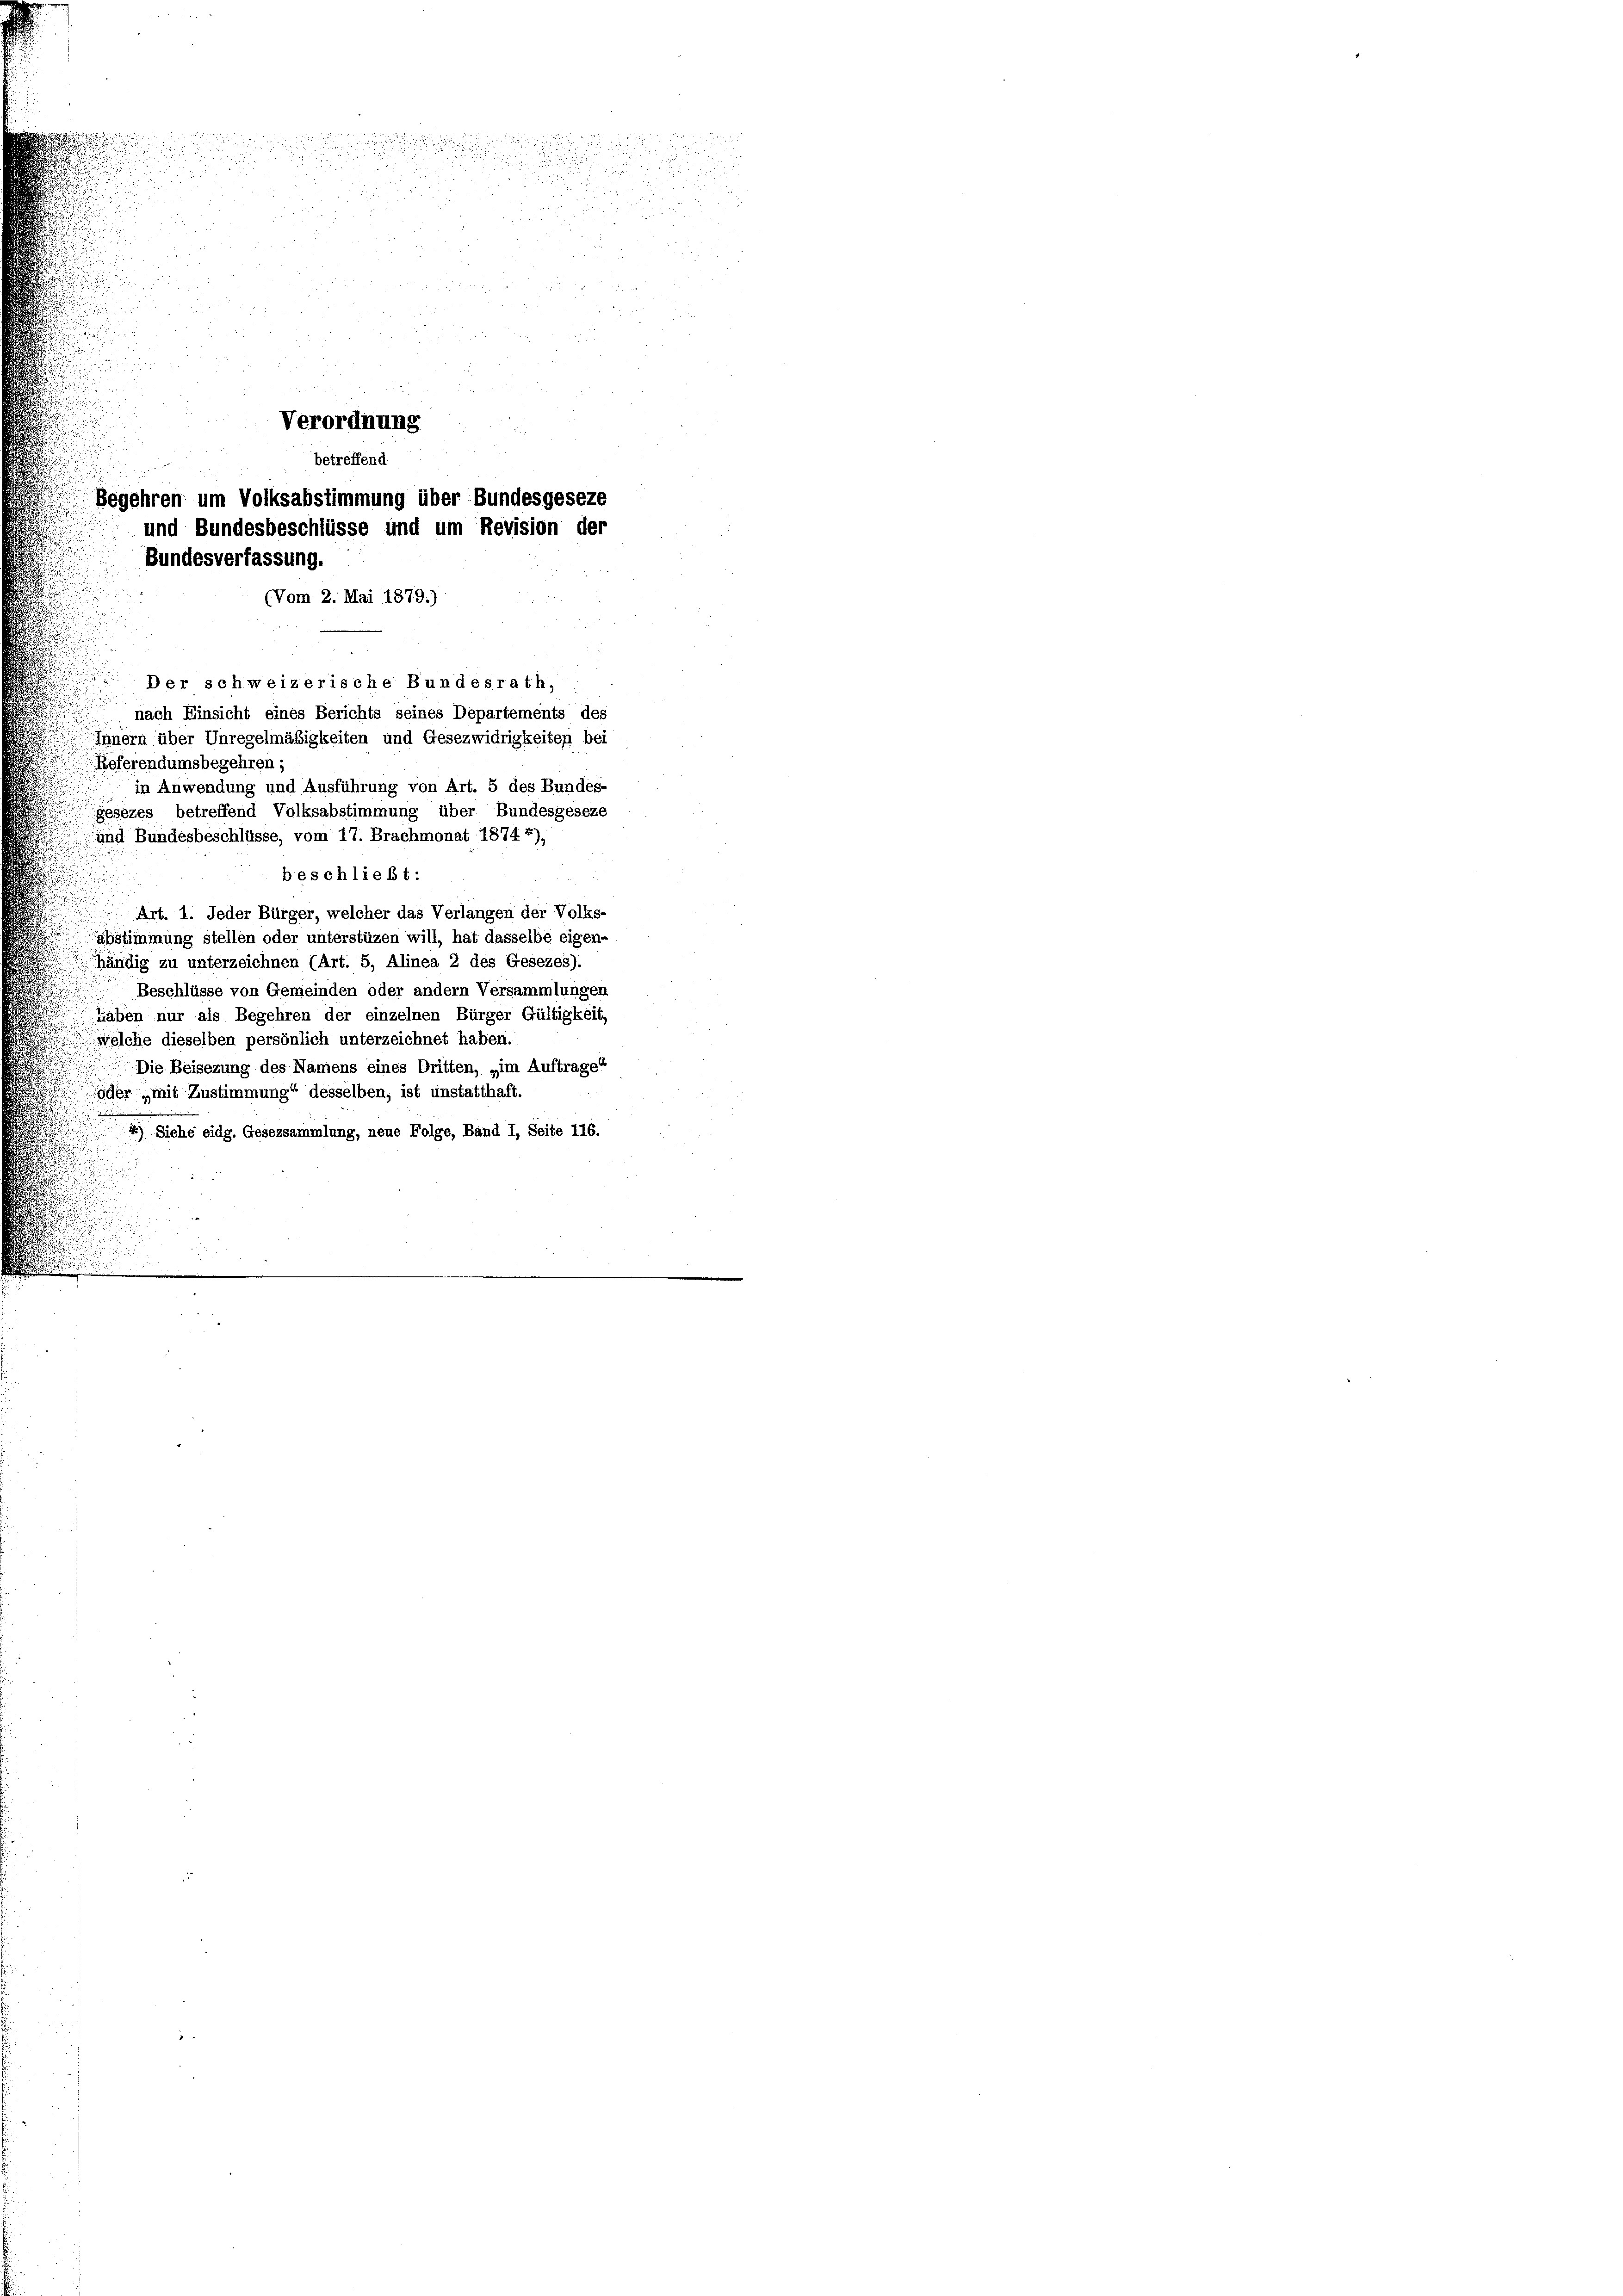
.

25

i
u

2
e
un
i
 xx

a
Verordnung
betreffend.
Begehren um Volksabstimmung über Bundesgeseze
und Bundesbeschlüsse und um Revision der
Bundesverfassung.

(Vom 2. Mai 1879.)

Der schweizerische Bundesrath,
nach Einsicht eines Berichts seines Departements des
Innern über Unregelmäßigkeiten und Gesezwidrigkeiten bei
Referendumsbegehren;
in Anwendung und Ausführung von Art. 5 des Bundes-
gesezes betreffend Volksabstimmung über Bundesgeseze
und Bundesbeschlüsse, vom 17. Brachmonat 1874 4),
beschließt:
Art. 1. Jeder Bürger, welcher das Verlangen der Volks-
abstimmung stellen oder unterstüzen will, hat dasselbe eigen-
händig zu unterzeichnen (Art. 5, Alinea 2 des Gesezes).
Beschlüsse von Gemeinden oder andern Versammlungen
haben nur als Begehren der einzelnen Bürger Gültigkeit,
welche dieselben persönlich unterzeichnet haben.
d
Die Beisezung des Namens eines Dritten, „im Auftrage“
oder mit Zustimmung“ desselben, ist unstatthaft.
2) Siehe eidg. Gesezsammlung, neue Folge, Band I, Seite 116.
.
e
d
d